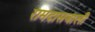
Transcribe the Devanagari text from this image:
रामदासवाली